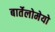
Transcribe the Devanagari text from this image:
बार्तेलोमेयो